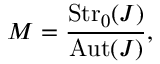
{ \cal M } = { \frac { \mathrm { S t r } _ { 0 } ( J ) } { \mathrm { A u t } ( J ) } } ,